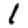
Digit: 1